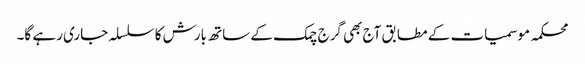
محکمہ موسمیات کے مطابق آج بھی گرج چمک کے ساتھ بارش کا سلسلہ جاری رہے گا۔